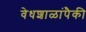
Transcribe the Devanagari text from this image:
वेधशाळांपैकी